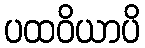
ပထဝိယာပိ